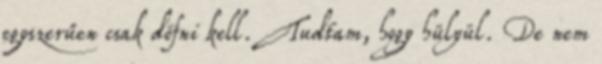
egyszerűen csak döfni kell. Tudtam, hogy hülyül. De nem